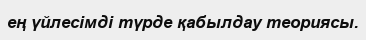
ең үйлесімді түрде қабылдау теориясы.